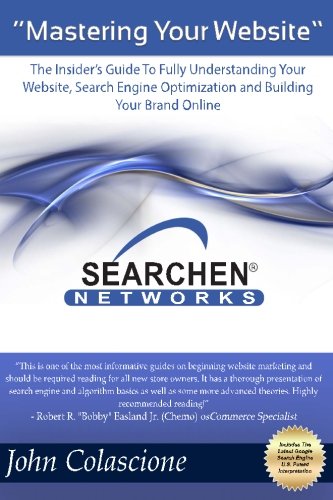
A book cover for Mastering Your Website: Insider's Guide To Fully Understanding Your Website, Search Engine Optimization and Building Your Brand; Mr John Colascione; Computers & Technology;